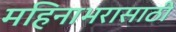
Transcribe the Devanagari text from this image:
महिनाभरासाठी